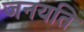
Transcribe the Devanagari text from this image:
जनयति